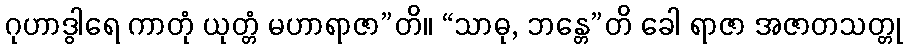
ဂုဟာဒွါရေ ကာတုံ ယုတ္တံ မဟာရာဇာ”တိ။ “သာဓု, ဘန္တေ”တိ ခေါ ရာဇာ အဇာတသတ္တု